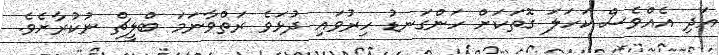
އަދި އެއްވެސް ކަހަލަ ގޮތަކަށް ހަންގަނޑު ހިރުވައި ދުޅަވެ ރަތްވާނަމަ ބްލީޗް ނުކުރާށެވެ.